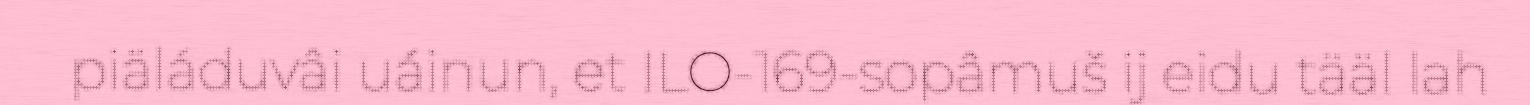
piäláduvâi uáinun, et ILO-169-sopâmuš ij eidu tääl lah